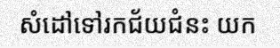
សំដៅទៅរកជ័យជំនះ យក